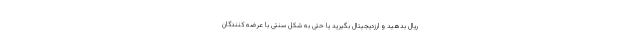
ریال بدهید و ارزدیجیتال بگیرید یا حتی به شکل سنتی با عرضه کنندگان